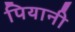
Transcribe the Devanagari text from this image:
पियानी